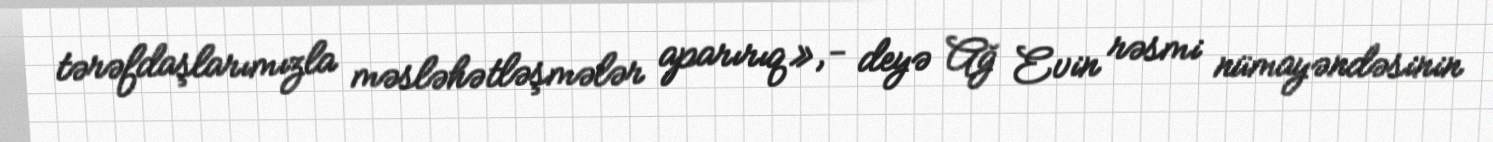
tərəfdaşlarımızla məsləhətləşmələr aparırıq»,- deyə Ağ Evin rəsmi nümayəndəsinin